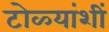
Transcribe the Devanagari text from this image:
टोळ्यांशीं